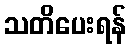
သတိပေးရန်